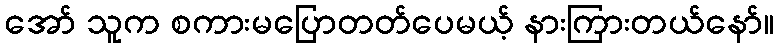
အော် သူက စကားမပြောတတ်ပေမယ့် နားကြားတယ်နော်။